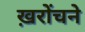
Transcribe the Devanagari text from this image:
ख़रोंचने